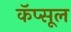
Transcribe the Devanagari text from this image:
कॅप्सूल